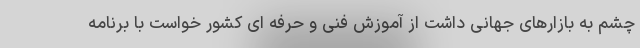
چشم به بازارهای جهانی داشت از آموزش فنی و حرفه ای کشور خواست با برنامه